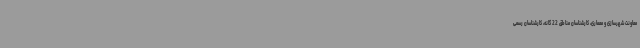
معاونت شهرسازی و معماری، کارشناسان مناطق 22 گانه، کارشناسان رسمی